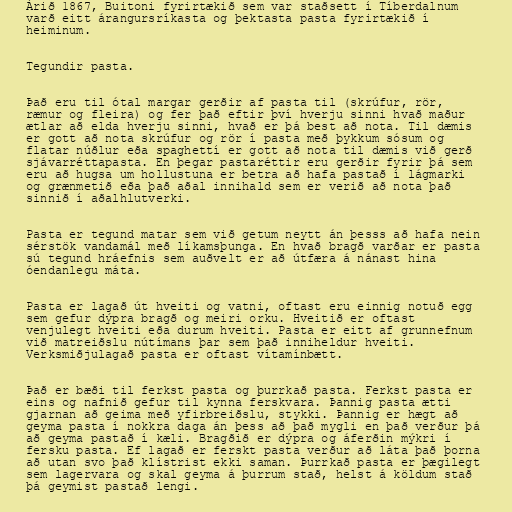
Árið 1867, Buitoni fyrirtækið sem var staðsett í Tíberdalnum
varð eitt árangursríkasta og þektasta pasta fyrirtækið í
heiminum.

Tegundir pasta.

Það eru til ótal margar gerðir af pasta til (skrúfur, rör,
ræmur og fleira) og fer það eftir því hverju sinni hvað maður
ætlar að elda hverju sinni, hvað er þá best að nota. Til dæmis
er gott að nota skrúfur og rör í pasta með þykkum sósum og
flatar núðlur eða spaghettí er gott að nota til dæmis við gerð
sjávarréttapasta. En þegar pastaréttir eru gerðir fyrir þá sem
eru að hugsa um hollustuna er betra að hafa pastað í lágmarki
og grænmetið eða það aðal innihald sem er verið að nota það
sinnið í aðalhlutverki.

Pasta er tegund matar sem við getum neytt án þesss að hafa nein
sérstök vandamál með líkamsþunga. En hvað bragð varðar er pasta
sú tegund hráefnis sem auðvelt er að útfæra á nánast hina
óendanlegu máta.

Pasta er lagað út hveiti og vatni, oftast eru einnig notuð egg
sem gefur dýpra bragð og meiri orku. Hveitið er oftast
venjulegt hveiti eða durum hveiti. Pasta er eitt af grunnefnum
við matreiðslu nútímans þar sem það inniheldur hveiti.
Verksmiðjulagað pasta er oftast vítamínbætt.

Það er bæði til ferkst pasta og þurrkað pasta. Ferkst pasta er
eins og nafnið gefur til kynna ferskvara. Þannig pasta ætti
gjarnan að geima með yfirbreiðslu, stykki. Þannig er hægt að
geyma pasta í nokkra daga án þess að það mygli en það verður þá
að geyma pastað í kæli. Bragðið er dýpra og áferðin mýkri í
fersku pasta. Ef lagað er ferskt pasta verður að láta það þorna
að utan svo það klístrist ekki saman. Þurrkað pasta er þægilegt
sem lagervara og skal geyma á þurrum stað, helst á köldum stað
þá geymist pastað lengi.